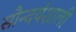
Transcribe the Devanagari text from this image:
सौन्दर्यशाली